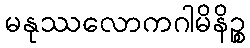
မနုဿလောကဂါမိနိဉ္စ